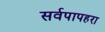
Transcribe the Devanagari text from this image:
सर्वपापहरा